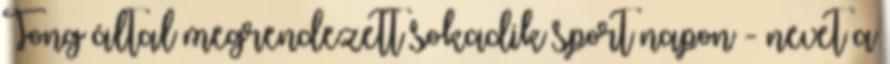
Tong által megrendezett sokadik sport napon - nevet a